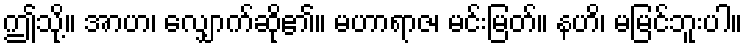
ဤသို့။ အာဟ၊ လျှောက်ဆို၏။ မဟာရာဇ၊ မင်းမြတ်။ နဟိ၊ မမြင်ဘူးပါ။